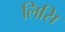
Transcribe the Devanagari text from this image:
लिसि